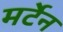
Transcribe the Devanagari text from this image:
मर्टेन